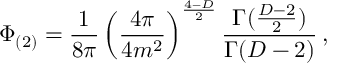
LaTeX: \Phi _ { ( 2 ) } = \frac { 1 } { 8 \pi } \left( \frac { 4 \pi } { 4 m ^ { 2 } } \right) ^ { \frac { 4 - D } { 2 } } \frac { \Gamma ( { \frac { D - 2 } { 2 } } ) } { \Gamma ( D - 2 ) } \, ,